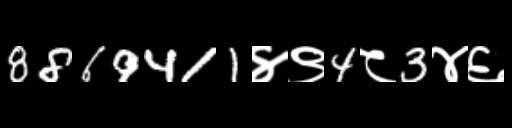
Text: 8869411४९4८3४६